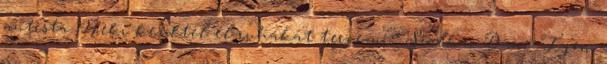
autista. Neki kezdtél el ruhákat tervezni? Szalkai Dani: Igen,